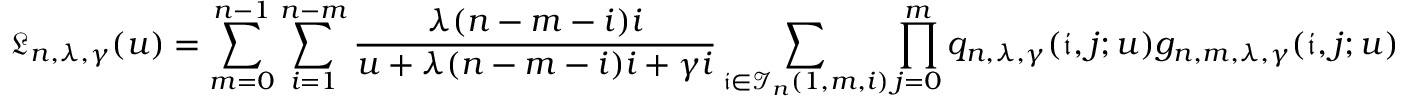
\mathfrak { L } _ { n , \lambda , \gamma } ( u ) = \sum _ { m = 0 } ^ { n - 1 } \sum _ { i = 1 } ^ { n - m } \frac { \lambda ( n - m - i ) i } { u + \lambda ( n - m - i ) i + \gamma i } \sum _ { \mathfrak { i } \in \mathcal { I } _ { n } ( 1 , m , i ) } \prod _ { j = 0 } ^ { m } q _ { n , \lambda , \gamma } ( \mathfrak { i } , j ; u ) g _ { n , m , \lambda , \gamma } ( \mathfrak { i } , j ; u )